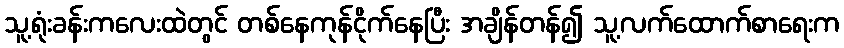
သူ့ရုံးခန်းကလေးထဲတွင် တစ်နေကုန်ငိုက်နေပြီး အချိန်တန်၍ သူ့လက်ထောက်စာရေးက